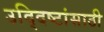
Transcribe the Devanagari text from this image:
उद्‍दिष्टांसाठी